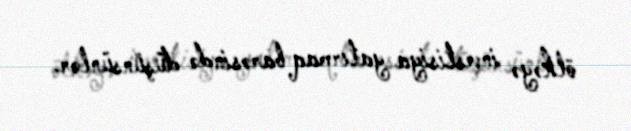
ölkəyə investisiya yatırmaq barəsində düşünsünlər.